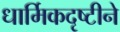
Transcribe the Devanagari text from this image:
धार्मिकदृष्टीने